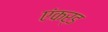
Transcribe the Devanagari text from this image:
एंकर्ड